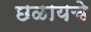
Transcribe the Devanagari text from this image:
छळायचे